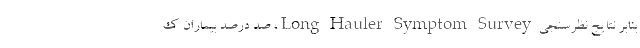
بنابر نتایج نظرسنجی Long Hauler Symptom Survey، صد درصد بیماران ک